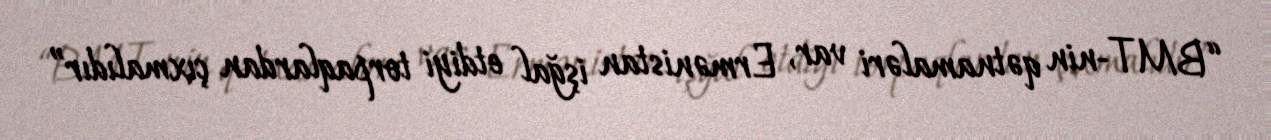
“BMT-nin qətnamaləri var, Ermənistan işğal etdiyi torpaqlardan çıxmalıdır”